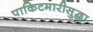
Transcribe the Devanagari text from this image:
पाकिटमारीसुद्धा